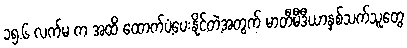
၁၅.၆ လက်မ က အထိ ထောက်ပံ့ပေးနိုင်တဲ့အတွက် မာတီမီဒီယာနှစ်သက်သူတွေ